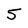
Character: 5